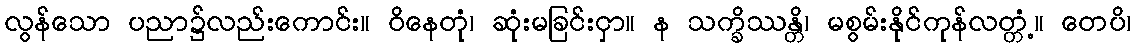
လွန်သော ပညာ၌လည်းကောင်း။ ဝိနေတုံ၊ ဆုံးမခြင်းငှာ။ န သက္ခိဿန္တိ၊ မစွမ်းနိုင်ကုန်လတ္တံ့။ တေပိ၊